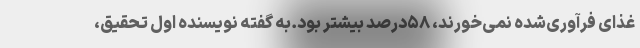
غذای فرآوری‌شده نمی‌خورند، ۵۸درصد بیشتر بود.به گفته نویسنده اول تحقیق،